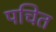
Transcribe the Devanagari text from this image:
पचित